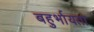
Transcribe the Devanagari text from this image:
बहुर्भायता